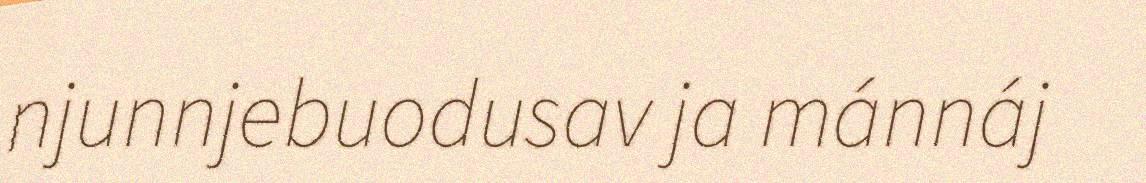
njunnjebuodusav ja mánnáj